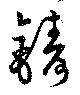
鑄